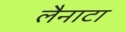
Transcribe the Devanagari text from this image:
लैनाटा